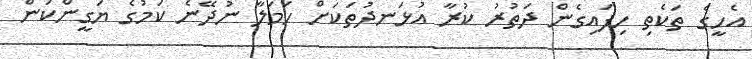
އެހީގެ ތަކެތި ހިފައިގެން ދަތުރު ކުރާ އުޅަނދުތަކަށް ހަމަލާ ނުދޭނެ ކަމުގެ ޔަގީންކަން